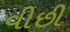
વીછી